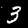
Digit: 3